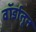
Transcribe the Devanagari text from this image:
वॉर्डातून